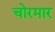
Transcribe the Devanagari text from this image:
चोरमार